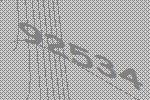
92534